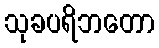
သုခပရိဘတော